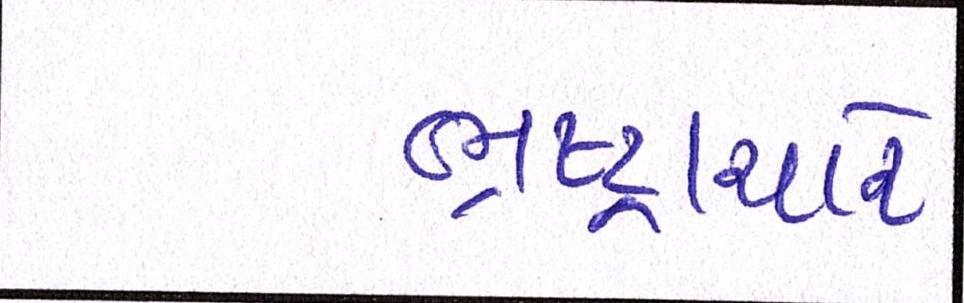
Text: ભ્રષ્ટ્રાચારે